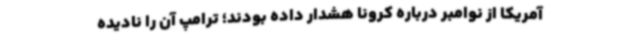
آمریکا از نوامبر درباره کرونا هشدار داده بودند؛ ترامپ آن را نادیده